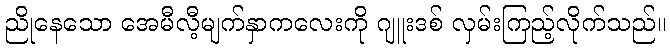
ညိုနေသော အေမီလီ့မျက်နှာကလေးကို ဂျူးဒစ် လှမ်းကြည့်လိုက်သည်။